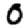
Digit: 0